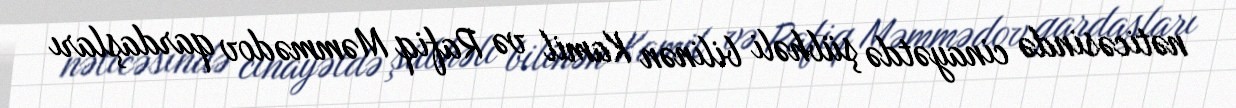
nəticəsində cinayətdə şübhəli bilinən Kamil və Rafiq Məmmədov qardaşları